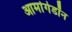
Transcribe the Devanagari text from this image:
आर्मागेडॉन